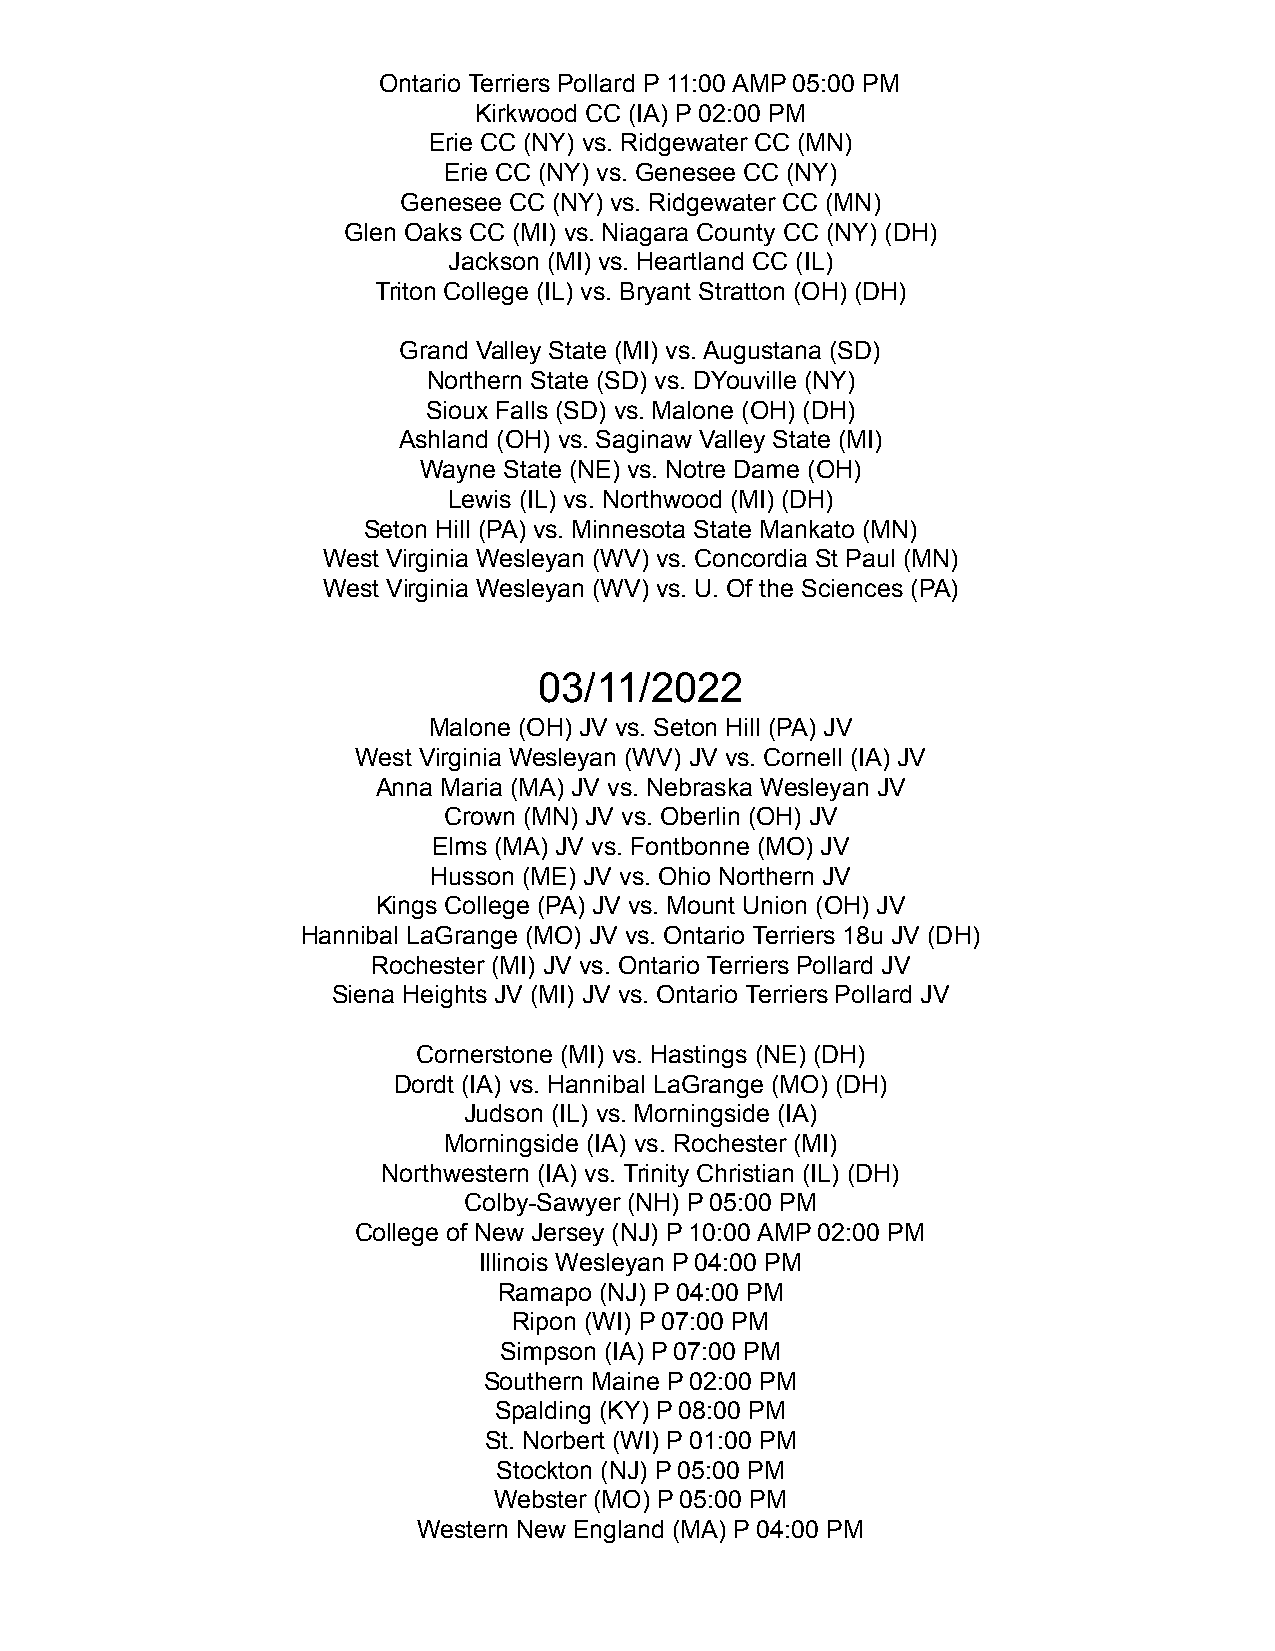
Ontario Terriers Pollard P 11:00 AMP 05:00 PM
 Kirkwood CC (IA) P 02:00 PM
 Erie CC (NY) vs. Ridgewater CC (MN)
 Erie CC (NY) vs. Genesee CC (NY)
 Genesee CC (NY) vs. Ridgewater CC (MN)
 Glen Oaks CC (MI) vs. Niagara County CC (NY) (DH)
 Jackson (MI) vs. Heartland CC (IL)
 Triton College (IL) vs. Bryant Stratton (OH) (DH)
 Grand Valley State (MI) vs. Augustana (SD)
 Northern State (SD) vs. DYouville (NY)
 Sioux Falls (SD) vs. Malone (OH) (DH)
 Ashland (OH) vs. Saginaw Valley State (MI)
 Wayne State (NE) vs. Notre Dame (OH)
 Lewis (IL) vs. Northwood (MI) (DH)
 Seton Hill (PA) vs. Minnesota State Mankato (MN)
 West Virginia Wesleyan (WV) vs. Concordia St Paul (MN)
 West Virginia Wesleyan (WV) vs. U. Of the Sciences (PA)
 03/11/2022
 Malone (OH) JV vs. Seton Hill (PA) JV
 West Virginia Wesleyan (WV) JV vs. Cornell (IA) JV
 Anna Maria (MA) JV vs. Nebraska Wesleyan JV
 Crown (MN) JV vs. Oberlin (OH) JV
 Elms (MA) JV vs. Fontbonne (MO) JV
 Husson (ME) JV vs. Ohio Northern JV
 Kings College (PA) JV vs. Mount Union (OH) JV
 Hannibal LaGrange (MO) JV vs. Ontario Terriers 18u JV (DH)
 Rochester (MI) JV vs. Ontario Terriers Pollard JV
 Siena Heights JV (MI) JV vs. Ontario Terriers Pollard JV
 Cornerstone (MI) vs. Hastings (NE) (DH)
 Dordt (IA) vs. Hannibal LaGrange (MO) (DH)
 Judson (IL) vs. Morningside (IA)
 Morningside (IA) vs. Rochester (MI)
 Northwestern (IA) vs. Trinity Christian (IL) (DH)
 Colby-Sawyer (NH) P 05:00 PM
 College of New Jersey (NJ) P 10:00 AMP 02:00 PM
 Illinois Wesleyan P 04:00 PM
 Ramapo (NJ) P 04:00 PM
 Ripon (WI) P 07:00 PM
 Simpson (IA) P 07:00 PM
 Southern Maine P 02:00 PM
 Spalding (KY) P 08:00 PM
 St. Norbert (WI) P 01:00 PM
 Stockton (NJ) P 05:00 PM
 Webster (MO) P 05:00 PM
 Western New England (MA) P 04:00 PM